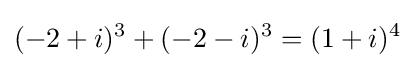
(-2+i)^{3}+(-2-i)^{3}=(1+i)^{4}